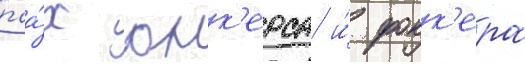
паа́х юнк'ерса и́ фокк'ера